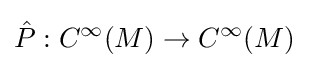
{\hat {P}}:C^{\infty }(M)\to C^{\infty }(M)